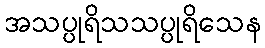
အသပ္ပုရိသသပ္ပုရိသေန